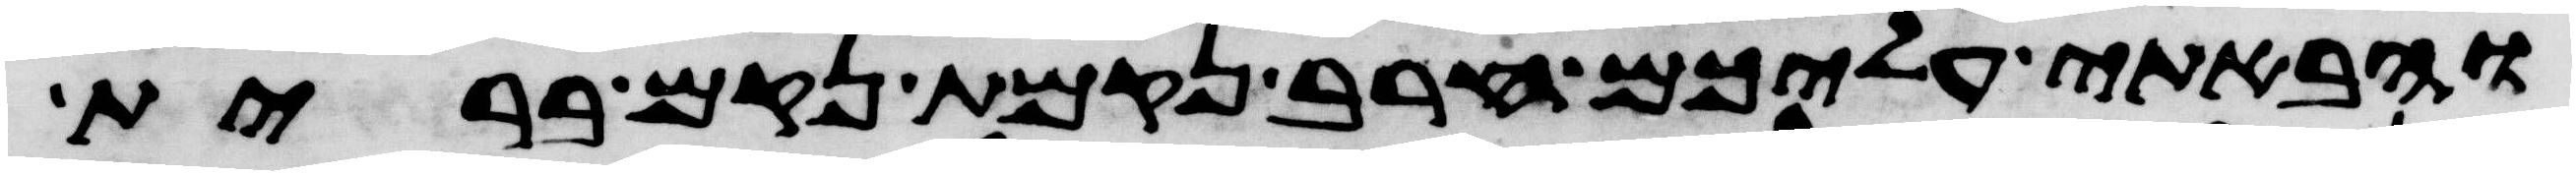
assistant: והבאתי עליכם חרב נקמת נקם ברית